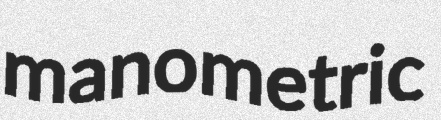
manometric